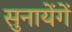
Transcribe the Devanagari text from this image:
सुनायेंगें